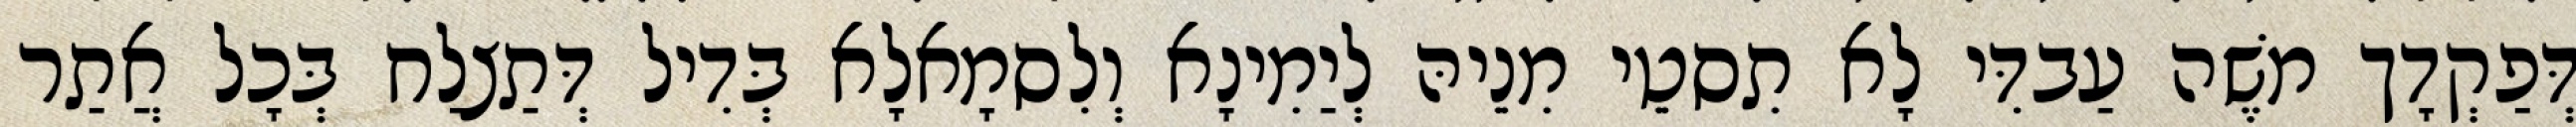
דְּפַקְדָך מֹשֶׁה עַבדִּי לָא תִסטֵי מִנֵיהּ לְיַמִינָא וְלִסמָאלָא בְּדִיל דְּתַצלַח בְּכָל אֲתַר